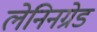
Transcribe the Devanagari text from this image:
लेनिनग्रेड